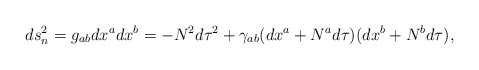
\begin{align*}ds_n^2=g_{ab}dx^adx^b=-N^2 d\tau^2 +\gamma_{ab}(dx^a+N^a d\tau)(dx^b+N^b d\tau),\end{align*}